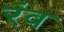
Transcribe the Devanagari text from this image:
रंव